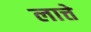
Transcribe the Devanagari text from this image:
लात्ते